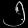
Digit: ၅